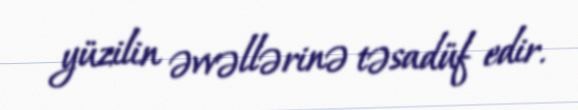
yüzilin əvvəllərinə təsadüf edir.